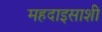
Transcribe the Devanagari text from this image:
महदाइसाशी